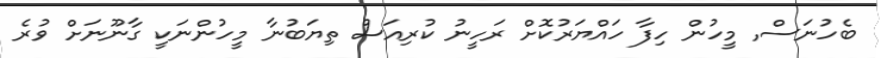
ބެހުނަސް